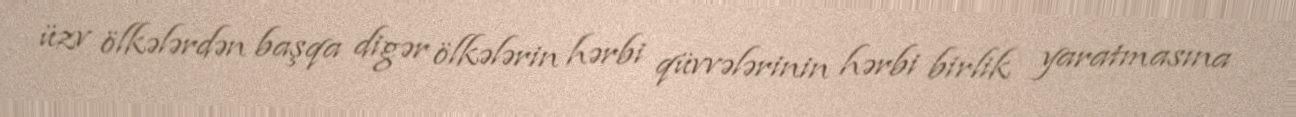
üzv ölkələrdən başqa digər ölkələrin hərbi qüvvələrinin hərbi birlik yaratmasına